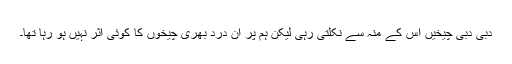
دبی دبی چیخیں اس کے منہ سے نکلتی رہی لیکن ہم پر ان درد بھری چیخوں کا کوئی اثر نہیں ہو رہا تھا۔